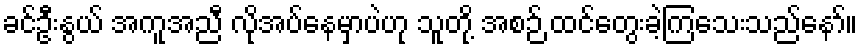
ခင်ဦးနွယ် အကူအညီ လိုအပ်နေမှာပဲဟု သူတို့ အစဉ် ထင်တွေးခဲ့ကြသေးသည်နော်။